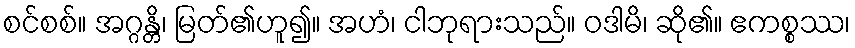
စင်စစ်။ အဂ္ဂန္တိ၊ မြတ်၏ဟူ၍။ အဟံ၊ ငါဘုရားသည်။ ဝဒါမိ၊ ဆို၏။ ဧကစ္စဿ၊